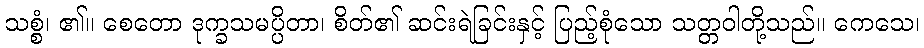
သစ္စံ၊ ၏။ စေတော ဒုက္ခသမပ္ပိတာ၊ စိတ်၏ ဆင်းရဲခြင်းနှင့် ပြည့်စုံသော သတ္တဝါတို့သည်။ ကေသေ၊